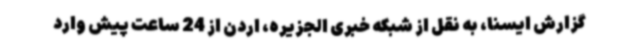
گزارش ایسنا، به نقل از شبکه خبری الجزیره، اردن از 24 ساعت پیش وارد